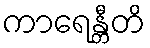
ကာရေန္တီတိ